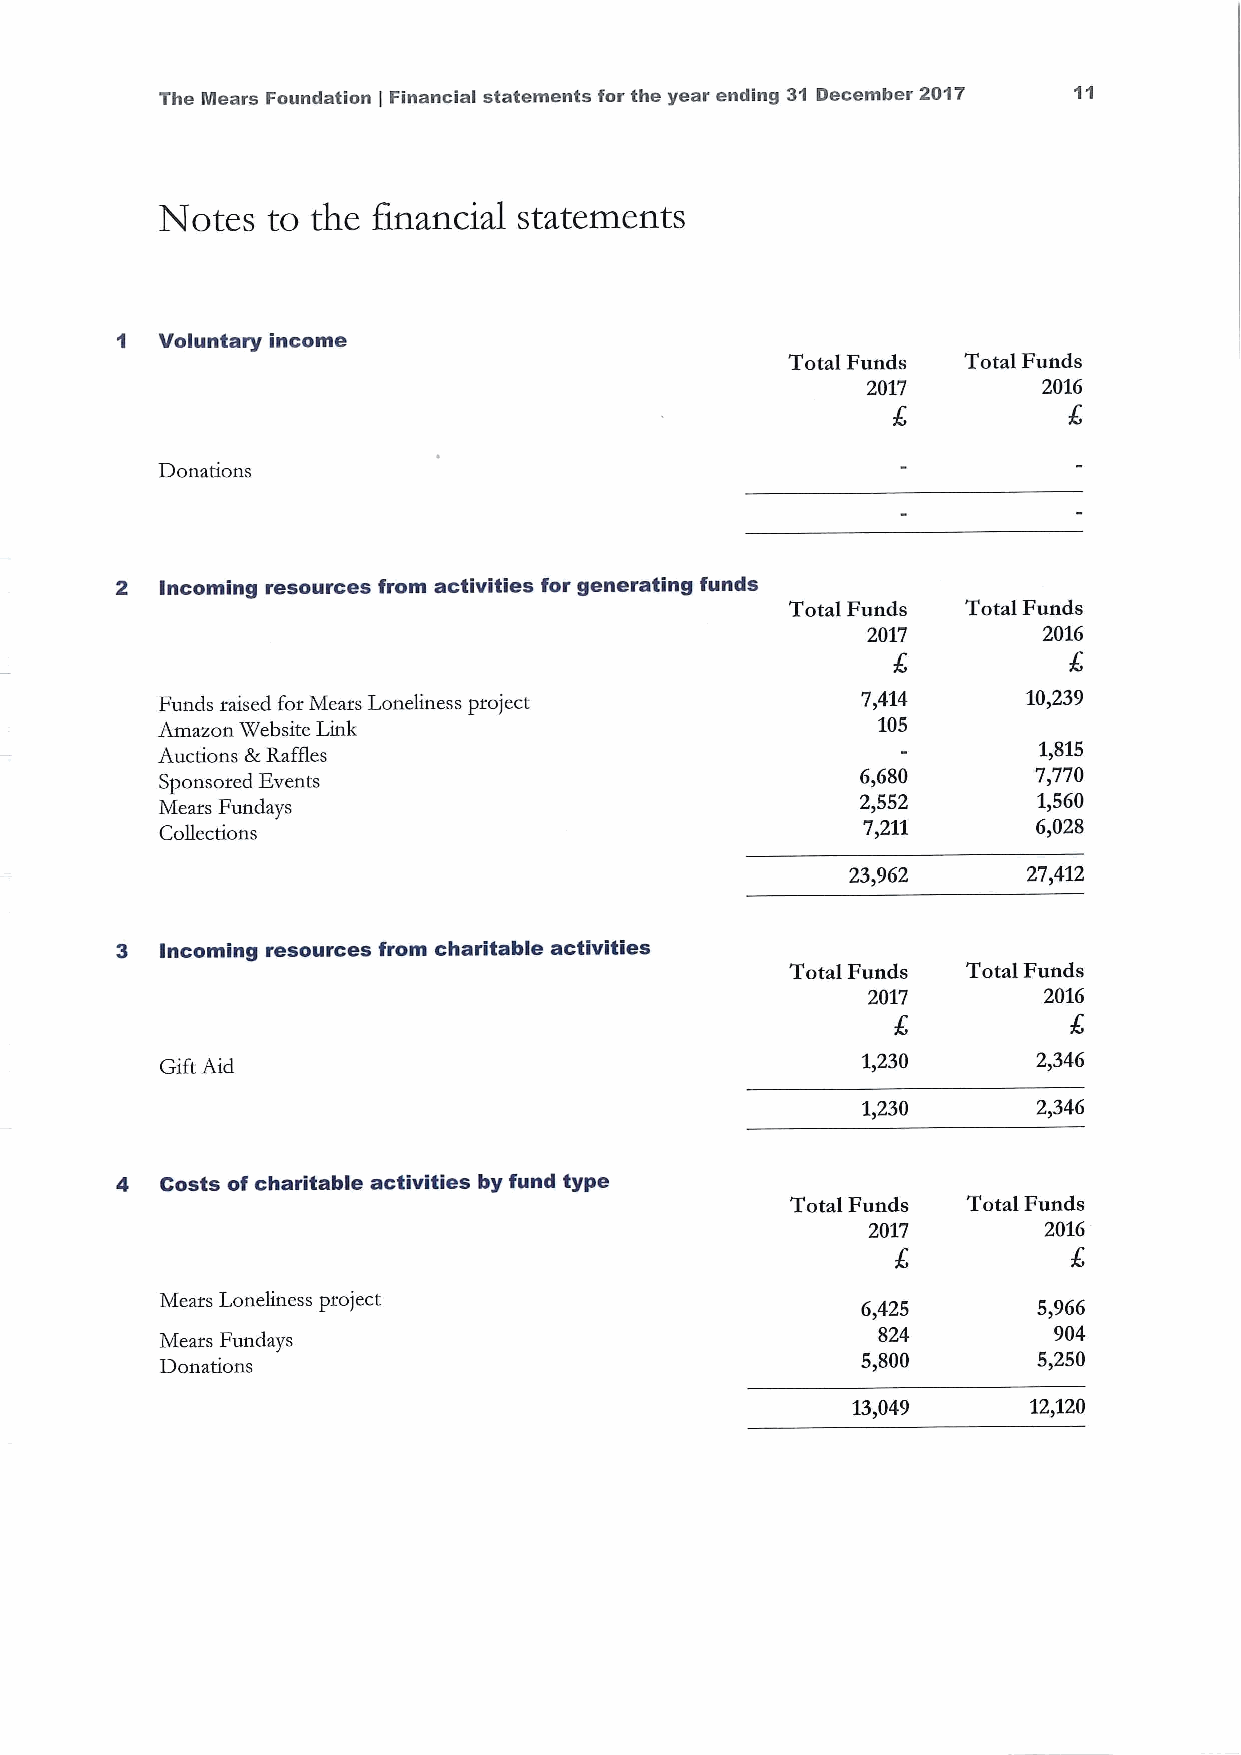
The Mears Foundation Financial statements for the year ending 31 December 2017
 i
 Notes   to the Financial statements
 1 Voluntary income
 Total Funds Total Funds
 2017        201G
 Donations
 2  Incoming resources from activities for generating funds
 Total Funds Total Funds
 2017        201G
 Funds raised for Mears Loneliness project      7,414      10,239
 Amazon Website Link                             105
 Auctions RRaffles                                          1,815
 Sponsored Events                              6,680      7,770
 Mears Fundays
 2,552       1,560
 Collections
 7/211       6,028
 23,962      27,412
 3  Incoming resources from charitable activities
 Total Funds Total Funds
 2017        2016
 Gift Aid                                      1,230       2,346
 17230       2,346
 4  Costs of charitable activities by fund type
 Total Funds Total Funds
 2017        2016
 Mears Loneliness project                      G,425       5,966
 824         904
 Mears Fundays
 Donations                                     5,800       5,250
 13,049      12,120